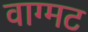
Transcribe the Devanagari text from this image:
वाग्मट